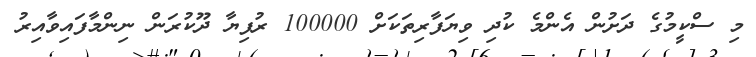
މި ސްކީމުގެ ދަށުން އެންމެ ކުދި ވިޔަފާރިތަކަށް 100000 ރުފިޔާ ދޫކުރަން ނިންމާފައިވާއިރު